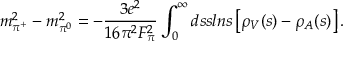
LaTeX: m _ { \pi ^ { + } } ^ { 2 } - m _ { \pi ^ { 0 } } ^ { 2 } = - { \frac { 3 e ^ { 2 } } { 1 6 \pi ^ { 2 } F _ { \pi } ^ { 2 } } } \int _ { 0 } ^ { \infty } d s s l n s \left[ \rho _ { V } ( s ) - \rho _ { A } ( s ) \right] .